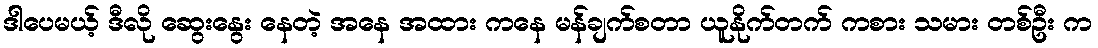
ဒါပေမယ့် ဒီလို ဆွေးနွေး နေတဲ့ အနေ အထား ကနေ မန်ချက်စတာ ယူနိုက်တက် ကစား သမား တစ်ဦး က